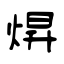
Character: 焺